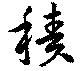
積